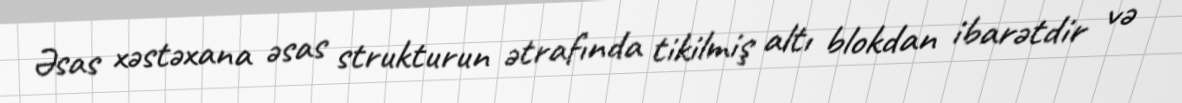
Əsas xəstəxana əsas strukturun ətrafında tikilmiş altı blokdan ibarətdir və